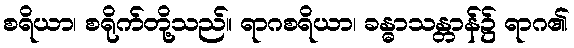
စရိယာ၊ စရိုက်တို့သည်။ ရာဂစရိယာ၊ ခန္ဓာသန္တာန်၌ ရာဂ၏